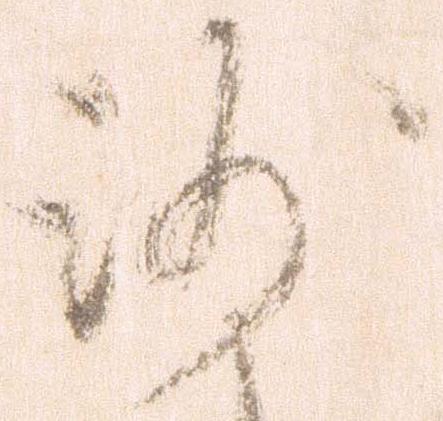
沙